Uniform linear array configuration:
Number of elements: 32
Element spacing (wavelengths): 0.25
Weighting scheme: exponential
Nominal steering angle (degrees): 0
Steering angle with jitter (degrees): -0.7119
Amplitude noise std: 0.05
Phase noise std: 0.05

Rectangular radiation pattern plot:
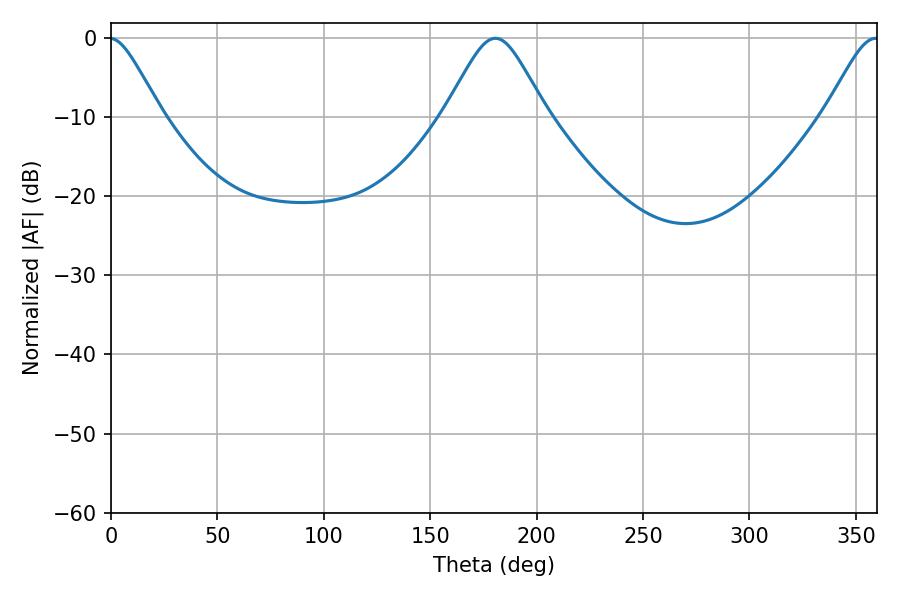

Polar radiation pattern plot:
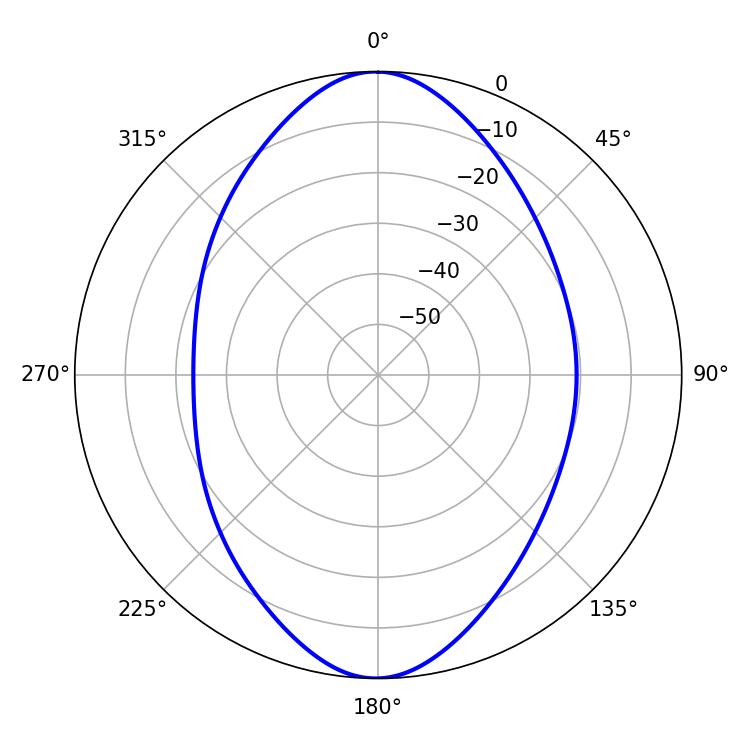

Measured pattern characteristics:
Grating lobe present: FALSE
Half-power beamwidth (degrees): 12.24
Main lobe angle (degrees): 359.46